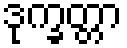
ဒုက္ခတ္တာ